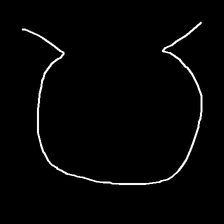
Glyph: weave